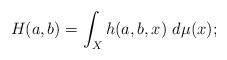
LaTeX: \begin{align*}H(a,b) = \int_X h(a,b,x)\ d\mu(x);\end{align*}